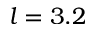
l = 3 . 2